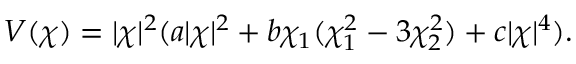
V ( \chi ) = | \chi | ^ { 2 } ( a | \chi | ^ { 2 } + b \chi _ { 1 } ( \chi _ { 1 } ^ { 2 } - 3 \chi _ { 2 } ^ { 2 } ) + c | \chi | ^ { 4 } ) .